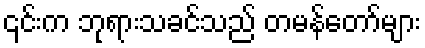
၎င်းက ဘုရားသခင်သည် တမန်တော်များ